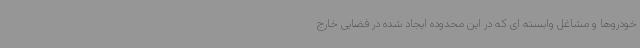
خودروها و مشاغل وابسته ای که در این محدوده ایجاد شده در فضایی خارج